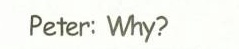
Peter: Why？